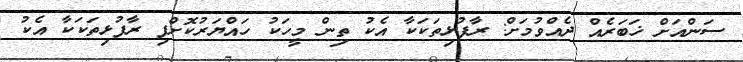
ސަންއަށް ޚަބަރެއް ދެއްވުމަށް: ރާފުޅިތަކަކާ އެކު ތިން މީހަކު ހައްޔަރުކޮށްފި ރާފުޅިތަކަކާ އެކު